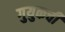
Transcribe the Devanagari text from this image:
गुयुकची